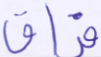
فراق